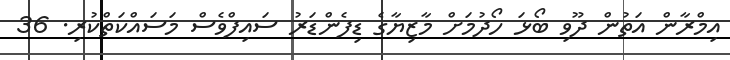
އިމްރާން އަތުން ދޫވި ބޯޅަ ހޯދުމަށް މާޒިޔާގެ ޑިފެންޑަރު ސައިފްވެސް މަސައްކަތްކުރި. 36